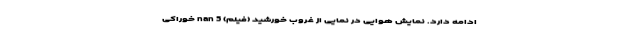
ادامه دارد. نمایش هوایی در نمایی از غروب خورشید (فیلم) nan 5 خوراکی